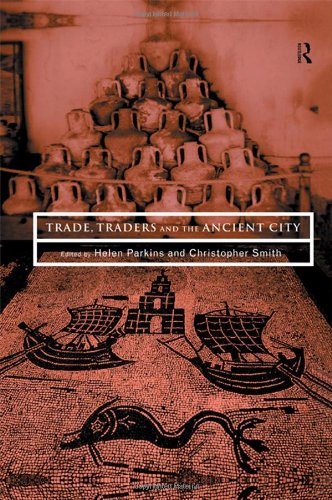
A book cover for Trade, Traders and the Ancient City; Business & Money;